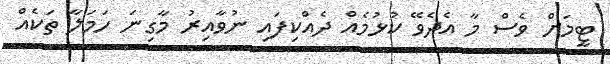
ޓީމަށް ވެސް މާ އެދެވޭ ކުޅުމެއް ދެއްކިފައި ނުވާއިރު މާގިނަ ހަމަލާ ތަކެއް